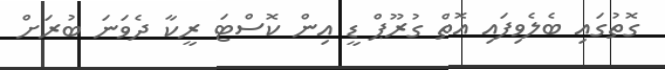
ގޮތުގައި ބެލެވިފައި އޮތް ގުރޫޕް ޑީ އިން ކޮސްޓަ ރީކާ ދެވަނަ ބުރަށް